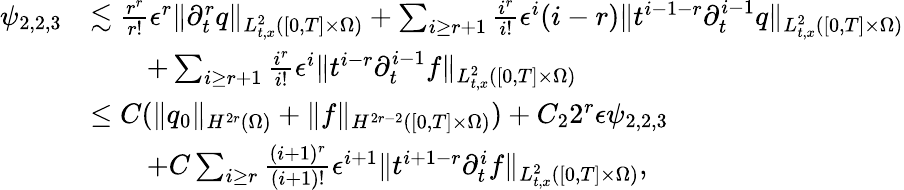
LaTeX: \begin{array}{rl}{\psi_{2,2,3}}&{\lesssim\frac{r^{r}}{r!}\epsilon^{r}\| \partial_{t}^{r}q\| _{L_{t,x}^{2}([0,T]\times\Omega)}+\sum_{i\ge r+1}\frac{i^{r}}{i!}\epsilon^{i}(i-r)\| t^{i-1-r}\partial_{t}^{i-1}q\| _{L_{t,x}^{2}([0,T]\times\Omega)}}\\ &{\quad\quad+\sum_{i\ge r+1}\frac{i^{r}}{i!}\epsilon^{i}\| t^{i-r}\partial_{t}^{i-1}f\| _{L_{t,x}^{2}([0,T]\times\Omega)}}\\ &{\le C(\| q_{0}\| _{H^{2r}(\Omega)}+\| f\| _{H^{2r-2}([0,T]\times\Omega)})+C_{2}2^{r}\epsilon\psi_{2,2,3}}\\ &{\quad\quad+C\sum_{i\ge r}\frac{(i+1)^{r}}{(i+1)!}\epsilon^{i+1}\| t^{i+1-r}\partial_{t}^{i}f\| _{L_{t,x}^{2}([0,T]\times\Omega)},}\end{array}